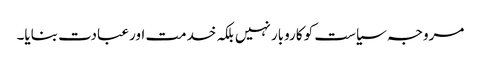
مروجہ سیاست کو کاروبار نہیں بلکہ خدمت اور عبادت بنایا۔